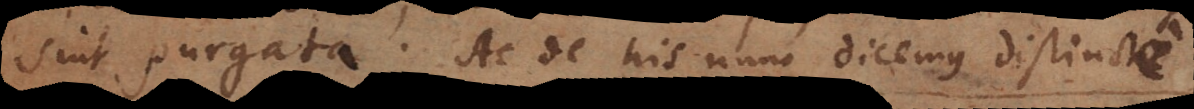
sint purgata. Ac de his nunc dicemus distincte